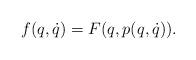
LaTeX: \begin{align*}f(q,\dot q) = F(q,p(q,\dot q)) . \end{align*}